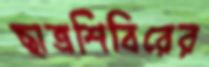
ছাত্রশিবিরের